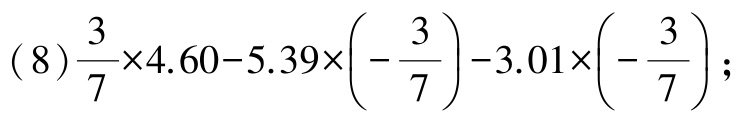
(8)$\frac{3}{7}\times4.60 - 5.39\times\left(-\frac{3}{7}\right)-3.01\times\left(-\frac{3}{7}\right)$;